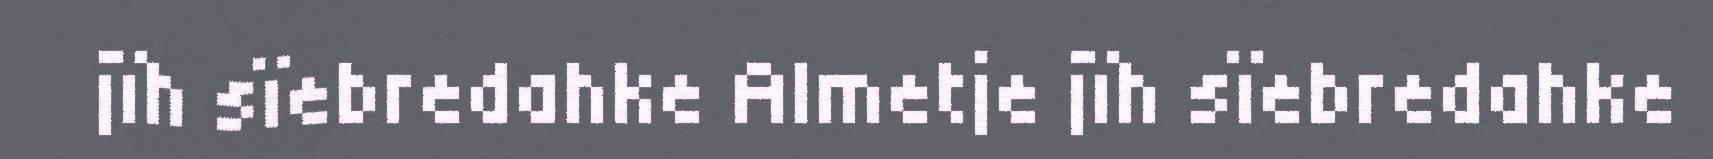
jïh sïebredahke Almetje jïh sïebredahke